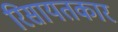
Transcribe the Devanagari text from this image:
रिसायतकार